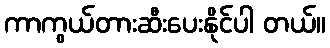
ကာကွယ်တားဆီးပေးနိုင်ပါ တယ်။